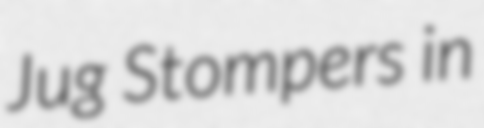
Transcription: Jug Stompers in